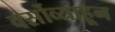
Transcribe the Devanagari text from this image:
वर्सोव्याहून